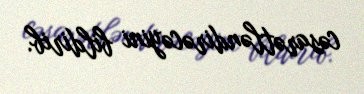
cəsarətləndirəcəyini bildirib.